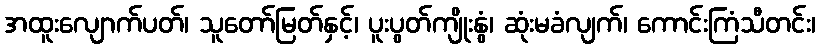
အထူးလျောက်ပတ်၊ သူတော်မြတ်နှင့်၊ ပူးပွတ်ကျိုးနွံ၊ ဆုံးမခံလျက်၊ ကောင်းကြံသီတင်း၊